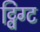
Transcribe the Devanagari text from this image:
ट्विग्ट